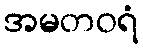
အမတဝရံ